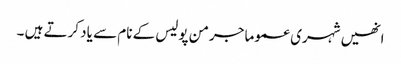
انھیں شہری عموما جرمن پولیس کے نام سے یاد کرتے ہیں ۔